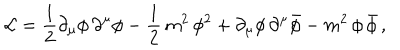
LaTeX: { \cal L } = \frac { 1 } { 2 } { \partial } _ { \mu } \phi \, { \partial } ^ { \mu } \phi - \frac { 1 } { 2 } \, m ^ { 2 } \, \phi ^ { 2 } + { \partial } _ { \mu } \phi \, { \partial } ^ { \mu } { \bar { \phi } } - m ^ { 2 } \, \phi \, { \bar { \phi } } \, ,